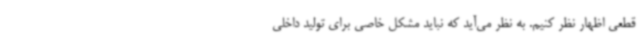
قطعی اظهار نظر کنیم. به نظر می‌آید که نباید مشکل خاصی برای تولید داخلی